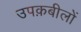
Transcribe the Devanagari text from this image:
उपक़बीलों